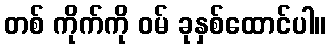
တစ် ကိုက်ကို ဝမ် ခုနှစ်ထောင်ပါ။